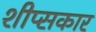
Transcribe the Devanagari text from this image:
शीप्सकार